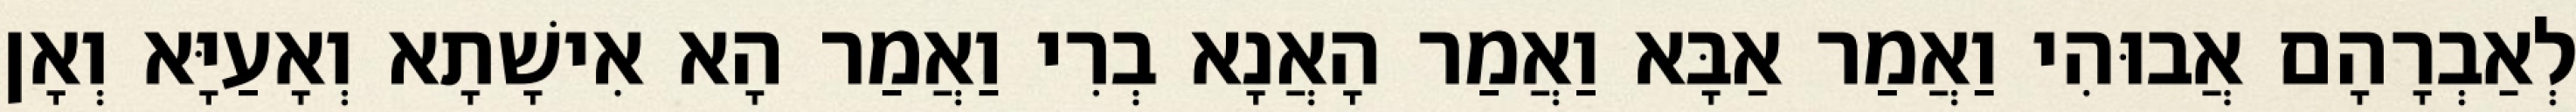
לְאַבְרָהָם אֲבוּהִי וַאֲמַר אַבָּא וַאֲמַר הָאֲנָא בְרִי וַאֲמַר הָא אִישָׁתָא וְאָעַיָּא וְאָן